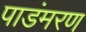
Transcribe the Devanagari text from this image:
पाडंमरण